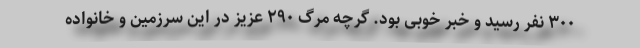
۳۰۰ نفر رسید و خبر خوبی بود. گرچه مرگ ۲۹۰ عزیز در این سرزمین و خانواده